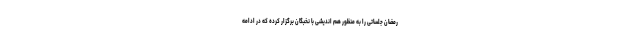
رمضان جلساتی را به منظور هم اندیشی با نخبگان برگزار کرده که در ادامه